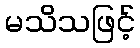
မသိသဖြင့်